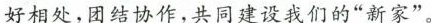
好相处，团结协作，共同建设我们的”新家”。